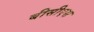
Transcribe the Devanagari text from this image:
बीसीएस